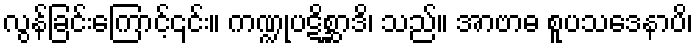
လွန်ခြင်းကြောင့်၎င်း။ ကဏ္ဍုပဋိစ္ဆာဒိ၊ သည်။ အာဗာဓ စူပသဒေနာပိ၊